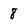
Character: 8